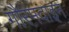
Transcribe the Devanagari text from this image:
गौरमदाइन